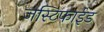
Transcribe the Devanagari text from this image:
जस्टिफाईड